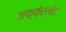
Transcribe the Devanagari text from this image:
जफ़्फ़ेर्लोट